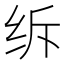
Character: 𦈈